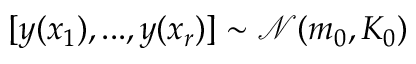
[ y ( x _ { 1 } ) , . . . , y ( x _ { r } ) ] \sim { \mathcal { N } } ( m _ { 0 } , K _ { 0 } )